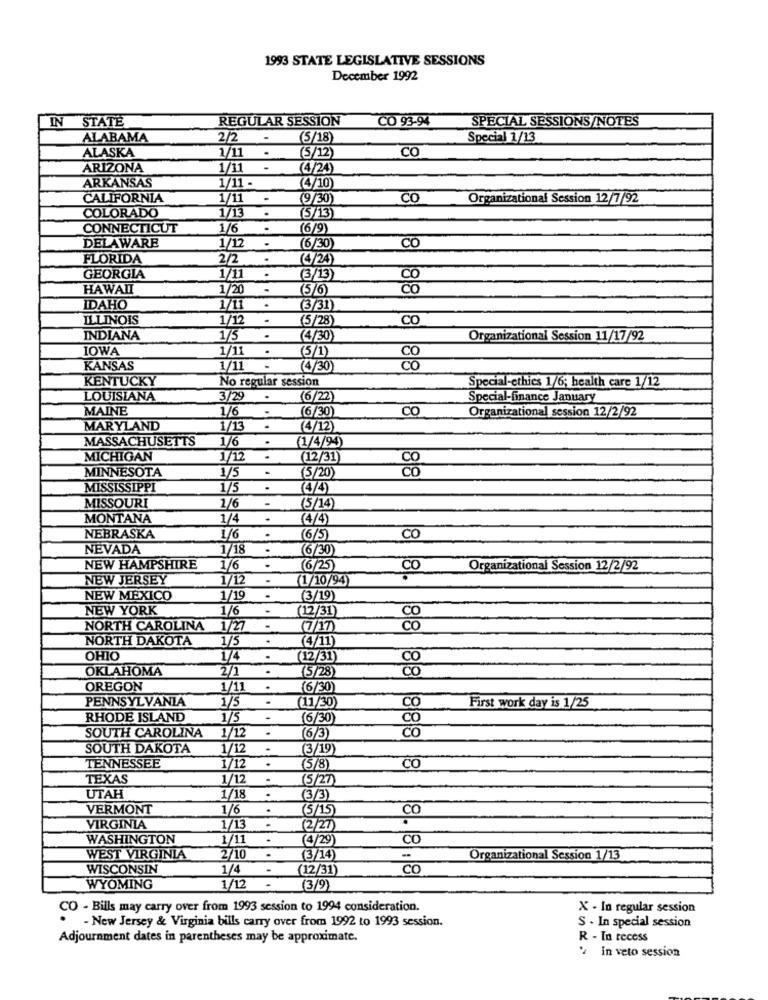
1993 STATE LEGISLATIVE SESSIONS
December 1992
IN
STATE
REGULAR SESSION
CO 93-94
SPECIAL SESSIONS/NOTES
ALABAMA
2/2
-
(5/18)
Special 1/13
ALASKA
1/1
.
(5/12)
CO
ARIZONA
1/11
.
(4/24)
1/11 -
ARKANSAS
(4/10)
CALIFORNIA
1/11
-
(9/30)
CO
Organizational Session 12/7/92
COLORADO
1/13
.
(5/13)
CONNECTICUT
1/6
.
(6/9)
DELAWARE
CO
1/1
(6/30
FLORIDA
2/2
.
(4/24)
GEORGIA
1/1
.
(3/13)
CO
HAWAII
1/20
.
5/6)
CO
IDAHO
1/11
(3/31)
ILLINOIS
1/12
(5/28
CO
INDIANA
175
(4/30)
Organizational Session 11/17/92
IOWA
1/11
(5/1)
KANSAS
1/11
(4/30)
KENTUCKY
No regular session
Special-ethics 1/6; health care 1/12
LOUISIANA
3/29
(6/22
Special-finance January
MAINE
1/6
6/30
CO
Organizational session 12/2/92
MARYLAND
1/13
(4/12)
1/6
.
(1/4/94)
MASSACHUSETTS
MICHIGAN
1/12
.
(12/31
CO
MINNESOTA
1/5
(5/20)
Co
MISSISSIPPI
1/5
(4/4)
MISSOURI
1/6
-
45/14
MONTANA
1/4
(4/4)
NEBRASKA
1/6
(6/5
CO
NEVADA
1/18
(6/30
NEW HAMPSHIRE
1/6
.
6/25
CO
Organizational Session 12/2/92
NEW JERSEY
1/12
(1/10/94)
NEW MEXICO
1/19
.
(3/19)
NEW YORK
1/6
-
(12/31
NORTH CAROLINA
1/27
(7/17
NORTH DAKOTA
1/5
(4/11)
OHIO
1/4
(12/31)
OKLAHOMA
2/1
(5/28)
1818
OREGON
1/11
(6/30)
PENNSYLVANIA
1/5
.
(11/30)
CO
First work day is 1/25
RHODE ISLAND
1/5
(6/30)
Co
.
co
SOUTH CAROLINA 1/12
(6/3)
SOUTH DAKOTA
1/12
(3/19)
TENNESSEE
1/12
(5/8)
CO
TEXAS
1/12
(5/27)
UTAH
1/18
(3/3)
VERMONT
1/6
(5/15
CO
VIRGINIA
1/13
(2/27)
WASHINGTON
1/11
.
(4/29)
CO
.
WEST VIRGINIA
2/10
(3/14)
Organizational Session 1/13
WISCONSIN
1/4
-
(12/31)
CO
WYOMING
1/12
.
(3/9)
CO - Bills may carry over from 1993 session to 1994 consideration.
X - In regular session
- New Jersey & Virginia bills carry over from 1992 to 1993 session.
S - In special session
Adjournment dates in parentheses may be approximate.
R - In recess
2 in veto session